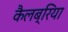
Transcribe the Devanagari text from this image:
कैलब्रिया